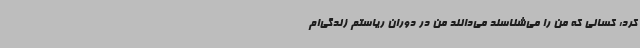
کرد: کسانی که من را می‌شناسند می‌دانند من در دوران ریاستم زندگی‌ام